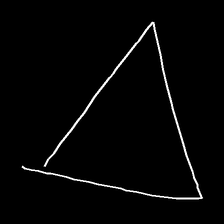
Glyph: convergence